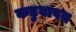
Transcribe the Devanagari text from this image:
कड़ुवापन